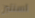
لسنتين